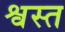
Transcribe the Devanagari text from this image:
श्वस्त